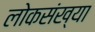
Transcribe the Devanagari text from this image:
लोकसंख्‍या